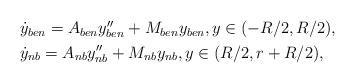
LaTeX: \begin{align*} \begin{aligned} & \dot y_{ben}=A_{ben}y''_{ben} +M_{ben}y_{ben}, y\in (-R/2,R/2), \\ & \dot y_{nb}=A_{nb}y''_{nb} +M_{nb}y_{nb}, y\in (R/2, r+R/2),\end{aligned}\end{align*}